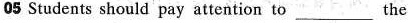
05 Students should pay attention to ___ the